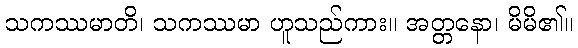
သကဿမာတိ၊ သကဿမာ ဟူသည်ကား။ အတ္တနော၊ မိမိ၏။